Calcutta medical institutions reports 1879-81 [i.e.91]
Year: 1879
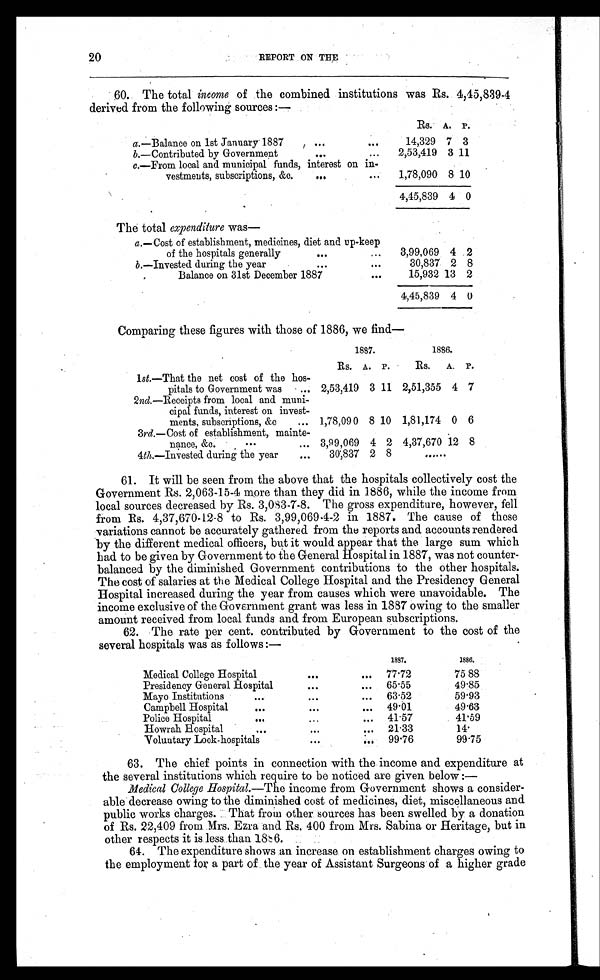
20
REPORT ON THE
60. The total income of the combined institutions was Rs. 4,45,839-4
derived from the following sources:—
RS. A. P.
a .—Balance on 1st January 1887
...
. . .
14,329 7 3
b.—Contributed by Government
...
...
2,53,419 3 11
c .—From local and municipal funds, interest on in -
vestments, subscriptions, &c.
...
...
1,78,090 8 10
4,45,839 4 0
The total expenditure was—
a.—Cost of establishment, medicines, diet and up-keep
of the hospitals generally
...
...
3,99,069 4 2
b .—Invested during the year
...
. . .
30,837 2 8
Balance on 31st December 1887
. . .
15,932 13 2
4,45,839 4 0
Comparing these figures with those of 1886, we find
—
1887.
1886.
RS. A. P.
RS.
A. P.
1st.—That the net cost of the hos -
pitals to Government was
... 2,53,419 3 11 2,51,355 4 7
2nd.—Receipts from local and muni -
cipal funds, interest on invest -
ments, subscriptions, &c
... 1,78,090 8 10 1,81,174 0 6
3rd.—Cost of establishment, mainte-
nance, &c.
...
... 3,99,069 4 2 4,37,670 12 8
4th.—Invested during the year
...
30,837 2 8
......
61. It will be seen from the above that the hospitals collectively cost the
Government Rs. 2,063-15-4 more than they did in 1886, while the income from
local sources decreased by Rs. 3,083-7-8. The gross expenditure, however, fell
from Rs. 4,37,670-12-8 to Rs. 3,99,069-4-2 in 1887. The cause of these
variations cannot be accurately gathered from the reports and accounts rendered
by the different medical officers, but it would appear that the large sum which
had to be given by Government to the General Hospital in 1887, was not counter
- b a l a n c e d b y t h e d i m i n i s h e d G o v e r n m e n t c o n t r i b u t i o n s t o t h e o t h e r h o s p i t a l s .
The cost of salaries at the Medical College Hospital and the Presidency General
Hospital increased during the year from causes which were unavoidable. The
income exclusive of the Government grant was less in 1887 owing to the smaller
amount received from local funds and from European subscriptions.
62. The rate per cent. contributed by Government to the cost of the
several hospitals was as follows :—
1887.
1886.
Medical College Hospital
...
... 77.72
75.88
Presidency General Hospital
...
...
65.55
49.85
Mayo Institutions
...
...
. . .
63.52
59.93
Campbell Hospital
...
...
... 49.01
49.63
Police Hospital
...
...
... 41.57
41.59
Howrah Hospital
...
...
... 21.33
14.
Voluntary Lock-hospitals
...
. . .
99.76
99.75
63. The chief points in connection with the income and expenditure at
the several institutions which require to be noticed are given below
:—
Medical College Hospital. —The income from Government shows a consider
- a b l e d e c r e a s e o w i n g t o t h e d i m i n i s h e d c o s t o f m e d i c i n e s , d i e t , m i s c e l l a n e o u s a n d
public works charges. That from other sources has been swelled by a donation
of Rs. 22,409 from Mrs. Ezra and Rs. 400 from Mrs. Sabina or Heritage, but in
other respects it is less than 1886.
64. The expenditure shows an increase on establishment charges owing to
the employment for a part of the year of Assistant Surgeons of a higher grade